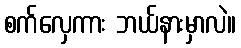
စက်လှေကား ဘယ်နားမှာလဲ။